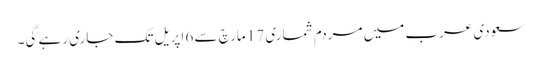
سعودی عرب میں مردم شماری 17 مارچ سے 6 اپریل تک جاری رہے گی۔